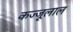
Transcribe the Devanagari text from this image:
कज्‍जूलाल